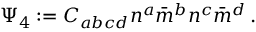
\Psi _ { 4 } : = C _ { a b c d } n ^ { a } { \bar { m } } ^ { b } n ^ { c } { \bar { m } } ^ { d } \, .